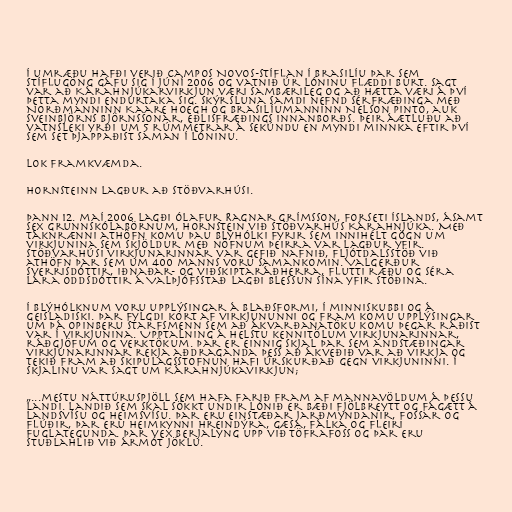
Í umræðu hafði verið Campos Novos-stíflan í Brasilíu þar sem
stíflugöng gáfu sig í júní 2006 og vatnið úr lóninu flæddi burt. Sagt
var að Kárahnjúkarvirkjun væri sambærileg og að hætta væri á því
þetta myndi endurtaka sig. Skýrsluna samdi nefnd sérfræðinga með
Norðmanninn Kaare Hoegh og Brasilíumanninn Nelson Pinto, auk
Sveinbjörns Björnssonar, eðlisfræðings innanborðs. Þeir áætluðu að
vatnsleki yrði um 5 rúmmetrar á sekúndu en myndi minnka eftir því
sem set þjappaðist saman í lóninu.

Lok framkvæmda.

Hornsteinn lagður að stöðvarhúsi.

Þann 12. maí 2006 lagði Ólafur Ragnar Grímsson, forseti Íslands, ásamt
sex grunnskólabörnum, hornstein við stöðvarhús Kárahnjúka. Með
táknrænni athöfn komu þau blýhólki fyrir sem innihélt gögn um
virkjunina sem skjöldur með nöfnum þeirra var lagður yfir.
Stöðvarhúsi virkjunarinnar var gefið nafnið, Fljótdalsstöð við
athöfn þar sem um 400 manns voru samankomin. Valgerður
Sverrisdóttir, iðnaðar- og viðskiptaráðherra, flutti ræðu og séra
Lára Oddsdóttir á Valþjófsstað lagði blessun sína yfir stöðina.

Í blýhólknum voru upplýsingar á blaðsformi, í minniskubbi og á
geisladiski. Þar fylgdi kort af virkjununni og fram komu upplýsingar
um þá opinberu starfsmenn sem að ákvarðanatöku komu þegar ráðist
var í virkjunina. Upptalning á helstu kennitölum virkjunarinnar,
ráðgjöfum og verktökum. Þar er einnig skjal þar sem andstæðingar
virkjunarinnar rekja aðdraganda þess að ákveðið var að virkja og
tekið fram að Skipulagsstofnun hafi úrskurðað gegn virkjuninni. Í
skjalinu var sagt um Kárahnjúkavirkjun;

„...mestu náttúruspjöll sem hafa farið fram af mannavöldum á þessu
landi. Landið sem skal sökkt undir lónið er bæði fjölbreytt og fágætt á
landsvísu og heimsvísu. Þar eru einstæðar jarðmyndanir, fossar og
flúðir, þar eru heimkynni hreindýra, gæsa, fálka og fleiri
fuglategunda. Þar vex berjalyng upp við Töfrafoss og þar eru
stuðlahlið við ármót Jöklu.